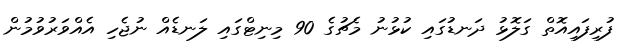
ފުރިފައިއޮތް ގަލޮޅު ދަނޑުގައި ކުޅުނު މެޗުގެ 90 މިނިޓްގައި ލަނޑެއް ނުޖެހި އެއްވަރުވުމުން